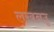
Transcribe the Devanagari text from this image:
लखनउू